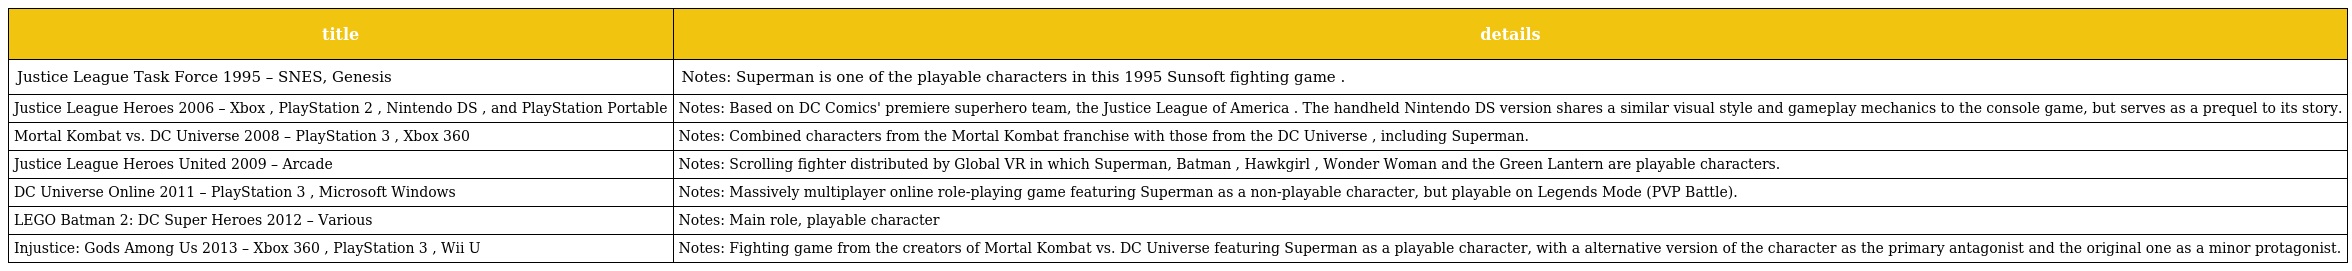
| title | details |
 | --- | --- |
 | Justice League Task Force 1995 – SNES, Genesis | Notes: Superman is one of the playable characters in this 1995 Sunsoft fighting game . |
 | Justice League Heroes 2006 – Xbox , PlayStation 2 , Nintendo DS , and PlayStation Portable | Notes: Based on DC Comics' premiere superhero team, the Justice League of America . The handheld Nintendo DS version shares a similar visual style and gameplay mechanics to the console game, but serves as a prequel to its story. |
 | Mortal Kombat vs. DC Universe 2008 – PlayStation 3 , Xbox 360 | Notes: Combined characters from the Mortal Kombat franchise with those from the DC Universe , including Superman. |
 | Justice League Heroes United 2009 – Arcade | Notes: Scrolling fighter distributed by Global VR in which Superman, Batman , Hawkgirl , Wonder Woman and the Green Lantern are playable characters. |
 | DC Universe Online 2011 – PlayStation 3 , Microsoft Windows | Notes: Massively multiplayer online role-playing game featuring Superman as a non-playable character, but playable on Legends Mode (PVP Battle). |
 | LEGO Batman 2: DC Super Heroes 2012 – Various | Notes: Main role, playable character |
 | Injustice: Gods Among Us 2013 – Xbox 360 , PlayStation 3 , Wii U | Notes: Fighting game from the creators of Mortal Kombat vs. DC Universe featuring Superman as a playable character, with a alternative version of the character as the primary antagonist and the original one as a minor protagonist. |